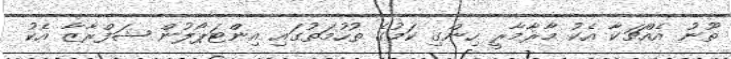
ތޫނު އެއްޗަކާ އެކު މާރާމާރީ ހިންގި ކަމުގެ ތުހުމަތުގައި އިންޓަޕޯލުން ޝަފްރާޒާ އެކު